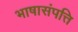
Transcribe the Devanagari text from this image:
भाषासंपत्ति